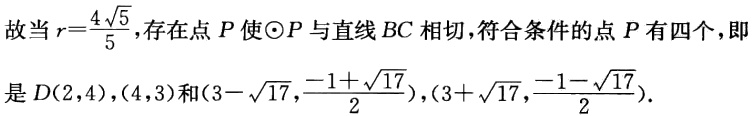
故当\(r = \frac{4\sqrt{5}}{5}\)，存在点\(P\)使\(\odot P\)与直线\(BC\)相切，符合条件的点\(P\)有四个，即是\(D(2,4)\)，\((4,3)\)和\((3 - \sqrt{17},\frac{-1 + \sqrt{17}}{2})\)，\((3 + \sqrt{17},\frac{-1 - \sqrt{17}}{2})\)。